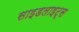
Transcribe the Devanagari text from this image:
साइडलाइट्स